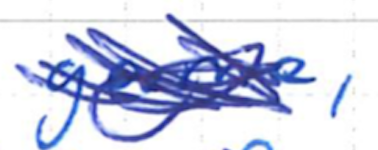
Text: game,
Cross-out: scratch
Writing tool: ballpoint